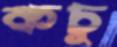
কচু